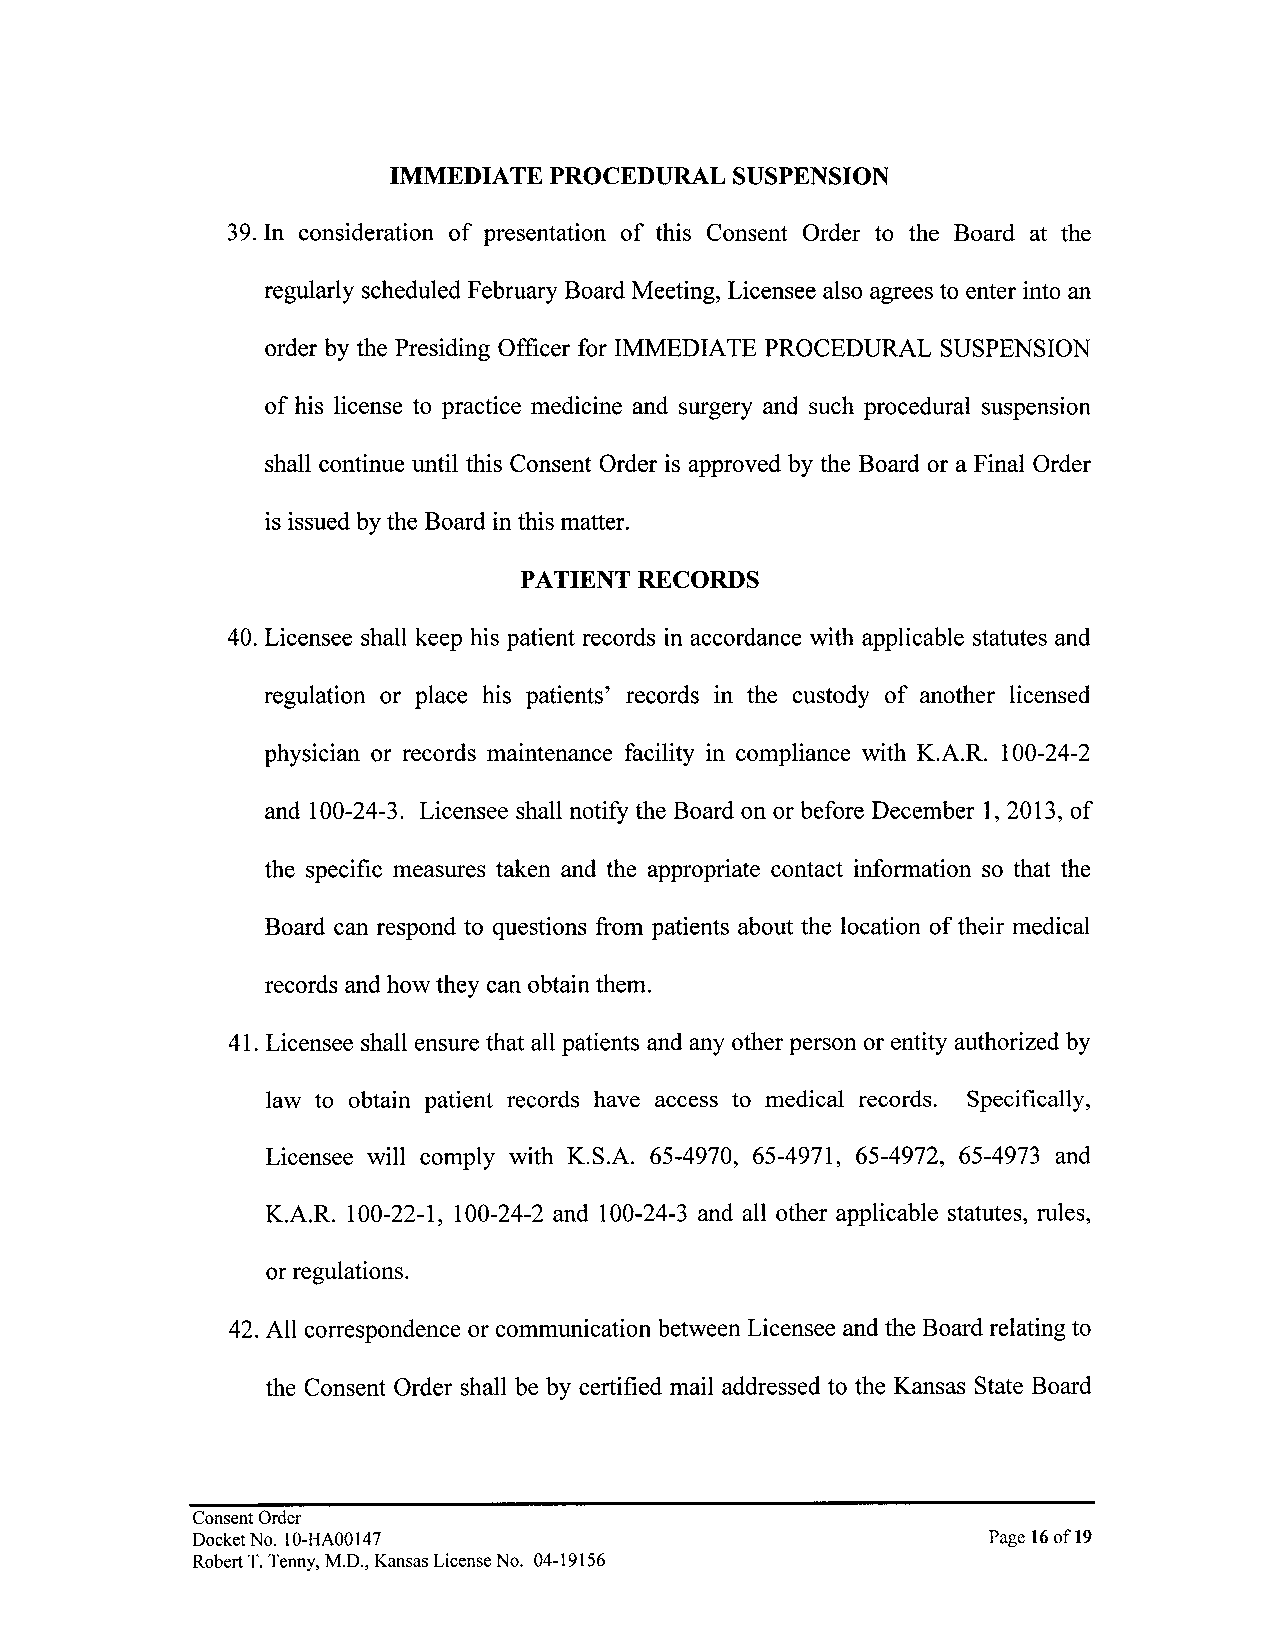
IMMEDIATE PROCEDURAL  SUSPENSION
 39. In consideration of presentation of this Consent Order to the Board at the
 regularly scheduled February Board Meeting, Licensee also agrees to enter into an
 order by the Presiding Officer for IMMEDIATE PROCEDURAL SUSPENSION
 of his license to practice medicine and surgery and such procedural suspension
 shall continue until this Consent Order is approved by the Board or a Final Order
 is issued by the Board in this matter.
 PATIENT RECORDS
 40. Licensee shall keep his patient records in accordance with applicable statutes and
 regulation or place his patients' records in the custody of another licensed
 physician or records maintenance facility in compliance with K.A.R. 100-24-2
 and 100-24-3. Licensee shall notify the Board on or before December 1, 2013, of
 the specific measures taken and the appropriate contact information so that the
 Board can respond to questions from patients about the location of their medical
 records and how they can obtain them.
 41. Licensee shall ensure that all patients and any other person or entity authorized by
 law to obtain patient records have access to medical records. Specifically,
 Licensee will comply with K.S.A. 65-4970, 65-4971, 65-4972, 65-4973 and
 K.A.R. 100-22-1, 100-24-2 and 100-24-3 and all other applicable statutes, rules,
 or regulations.
 42. All correspondence or communication between Licensee and the Board relating to
 the Consent Order shall be by certified mail addressed to the Kansas State Board
 Consent Order
 Docket No. 10-HA00147                               Page 16 of19
 Robert T. Tenny, M.D., Kansas License No. 04-19156